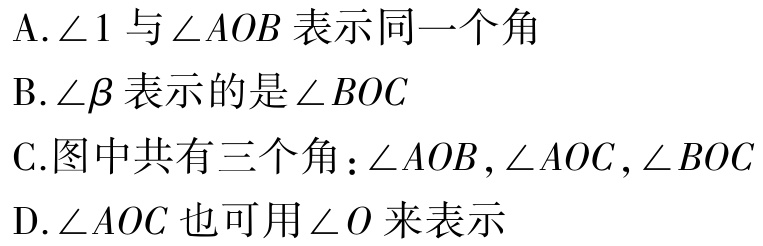
A.$\angle 1$与$\angle AOB$表示同一个角

B.$\angle\beta$表示的是$\angle BOC$

C.图中共有三个角：$\angle AOB,\angle AOC,\angle BOC$

D.$\angle AOC$也可用$\angle O$来表示